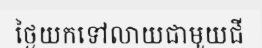
ថ្ងៃយកទៅលាយជាមួយជី